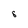
Character: s